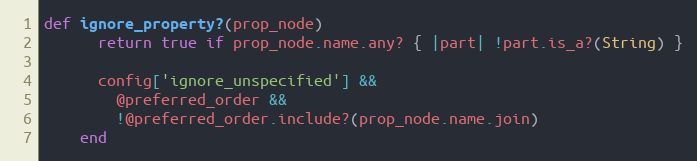
Language: Ruby
def ignore_property?(prop_node)
      return true if prop_node.name.any? { |part| !part.is_a?(String) }

      config['ignore_unspecified'] &&
        @preferred_order &&
        !@preferred_order.include?(prop_node.name.join)
    end